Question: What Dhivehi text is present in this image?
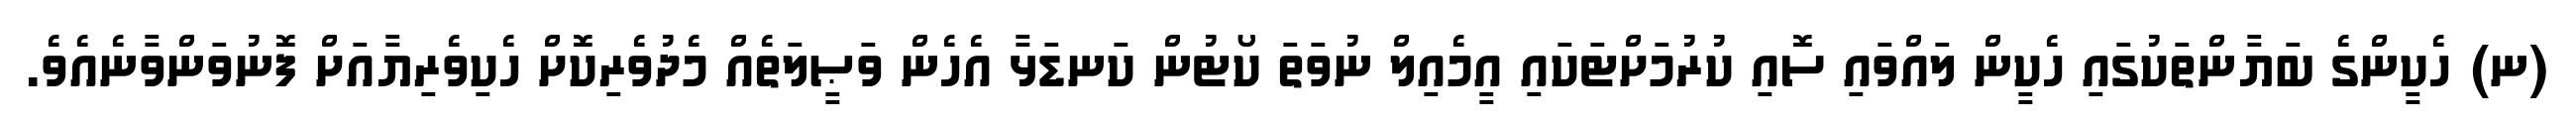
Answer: (ނ) ހެކީންގެ ބަޔާންތަކުގައި ހެކީން ލައްވައި ސޮއި ކުރުމަށްޓަކައި އީމެއިލް ނުވަތަ ކޯޓުން ކަނޑަޅާ އެހެން ވަޞީލަތެއް މެދުވެރިކޮށް ހެކިވެރިޔާއަށް ފޮނުވަންވާނެއެވެ.